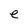
Character: e